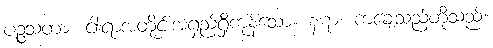
ပဉ္စသတာ၊ ငါးရာအတိုင်းအရှည်ရှိကုန်သော။ နဋာ၊ ကချေသည်တို့သည်။